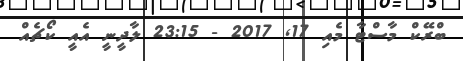
ބްރޭކް މާސްޓާ މެއި 17